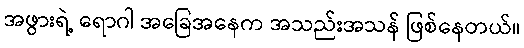
အဖွားရဲ့ ရောဂါ အခြေအနေက အသည်းအသန် ဖြစ်နေတယ်။